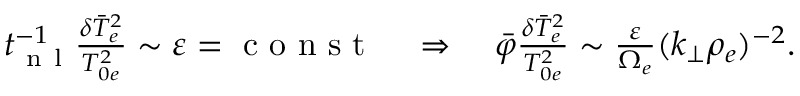
\begin{array} { r } { t _ { \mathrm { ~ n ~ l ~ } } ^ { - 1 } \frac { \delta \bar { T } _ { e } ^ { 2 } } { T _ { 0 e } ^ { 2 } } \sim \varepsilon = \mathrm { ~ c ~ o ~ n ~ s ~ t ~ } \quad \Rightarrow \quad \bar { \varphi } \frac { \delta \bar { T } _ { e } ^ { 2 } } { T _ { 0 e } ^ { 2 } } \sim \frac { \varepsilon } { \Omega _ { e } } ( k _ { \perp } \rho _ { e } ) ^ { - 2 } . } \end{array}